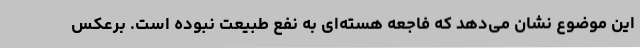
این موضوع نشان می‌دهد که فاجعه هسته‌ای به نفع طبیعت نبوده است. برعکس